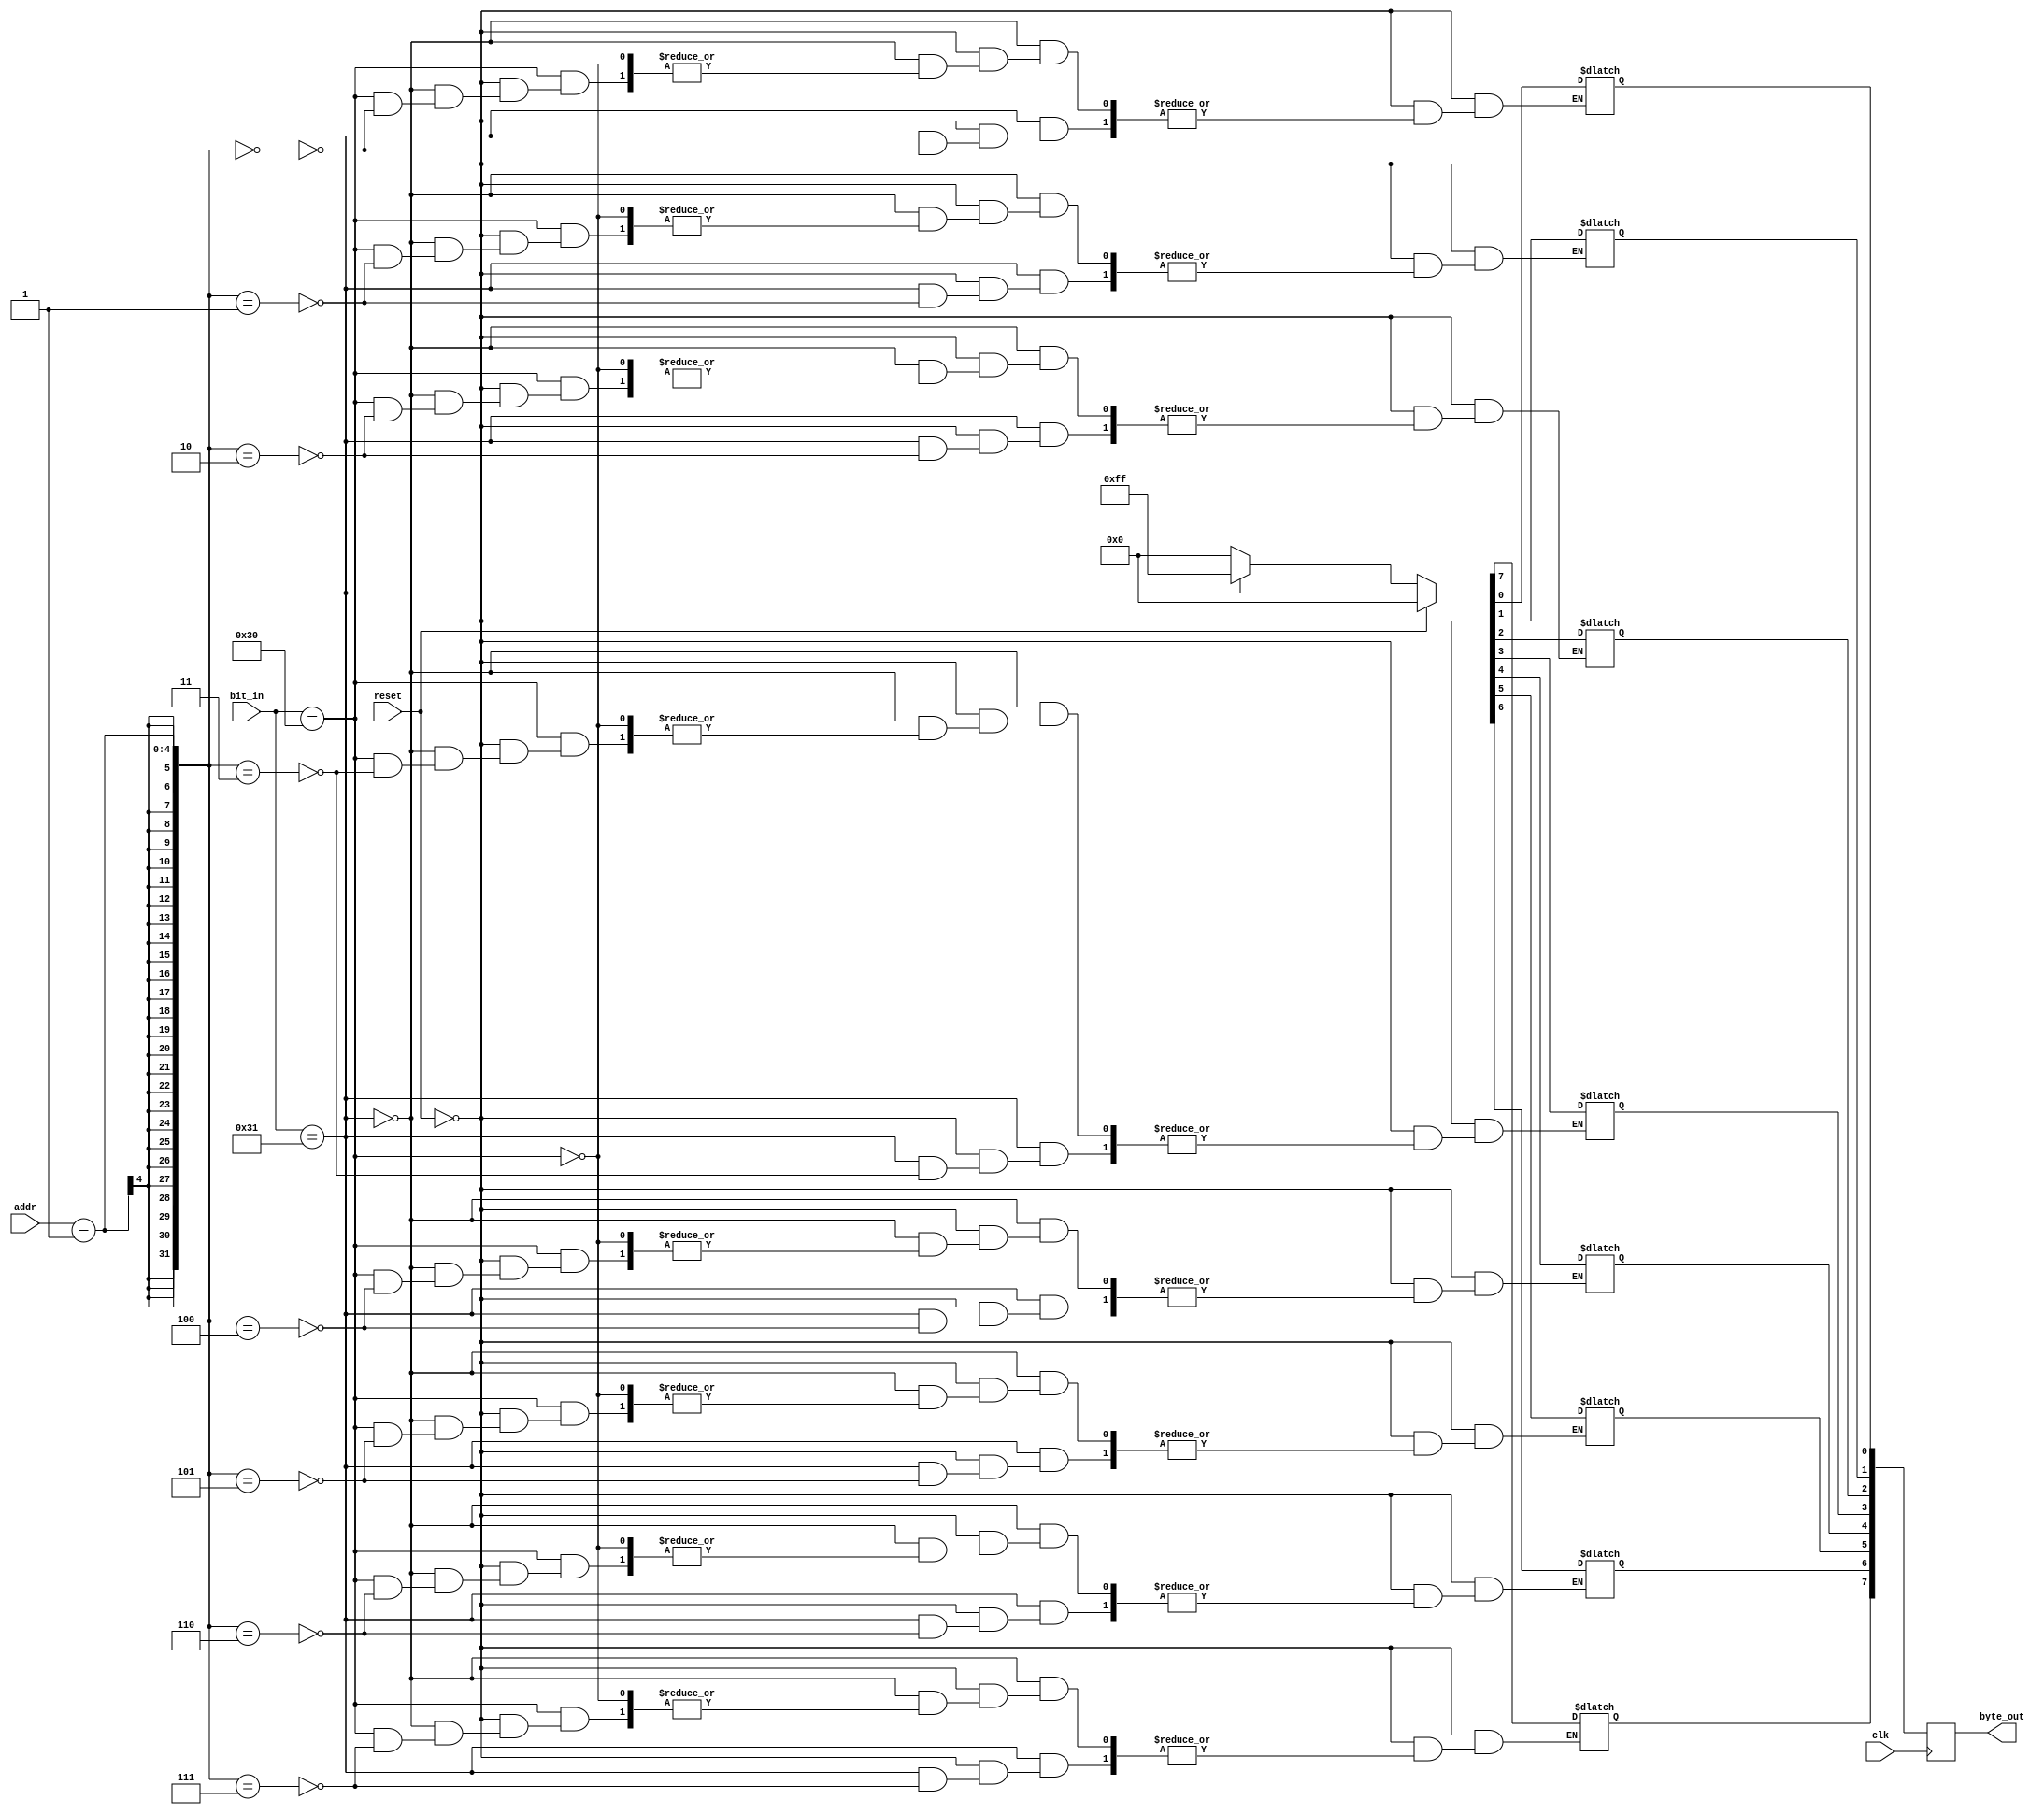
module message_mem(clk, reset, addr,bit_in, byte_out);

    input clk, reset;
    input [3:0] addr;
    output [7:0] byte_out;
    input [7:0] bit_in;
    reg [7:0] byte_out_d, byte_out_q;
    
    assign byte_out = byte_out_q;

    always @(addr) 
    begin
        if (!reset)
        begin
            if (bit_in == "1")
                byte_out_d[addr - 1] = 1'b1;

            else if (bit_in == "0")
                byte_out_d[addr - 1] = 1'b0;
        end
        
        else
            byte_out_d = 8'b0;

    end

    always @(posedge clk)
        byte_out_q <= byte_out_d;

endmodule